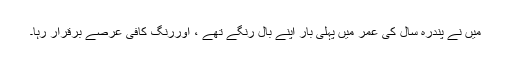
میں نے پندرہ سال کی عمر میں پہلی بار اپنے بال رنگے تھے ، اوررنگ کافی عرصے برقرار رہا۔